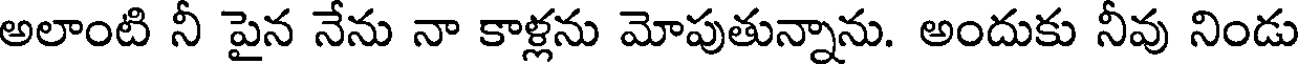
అలాంటి నీ పైన నేను నా కాళ్లను మోపుతున్నాను. అందుకు నీవు నిండు